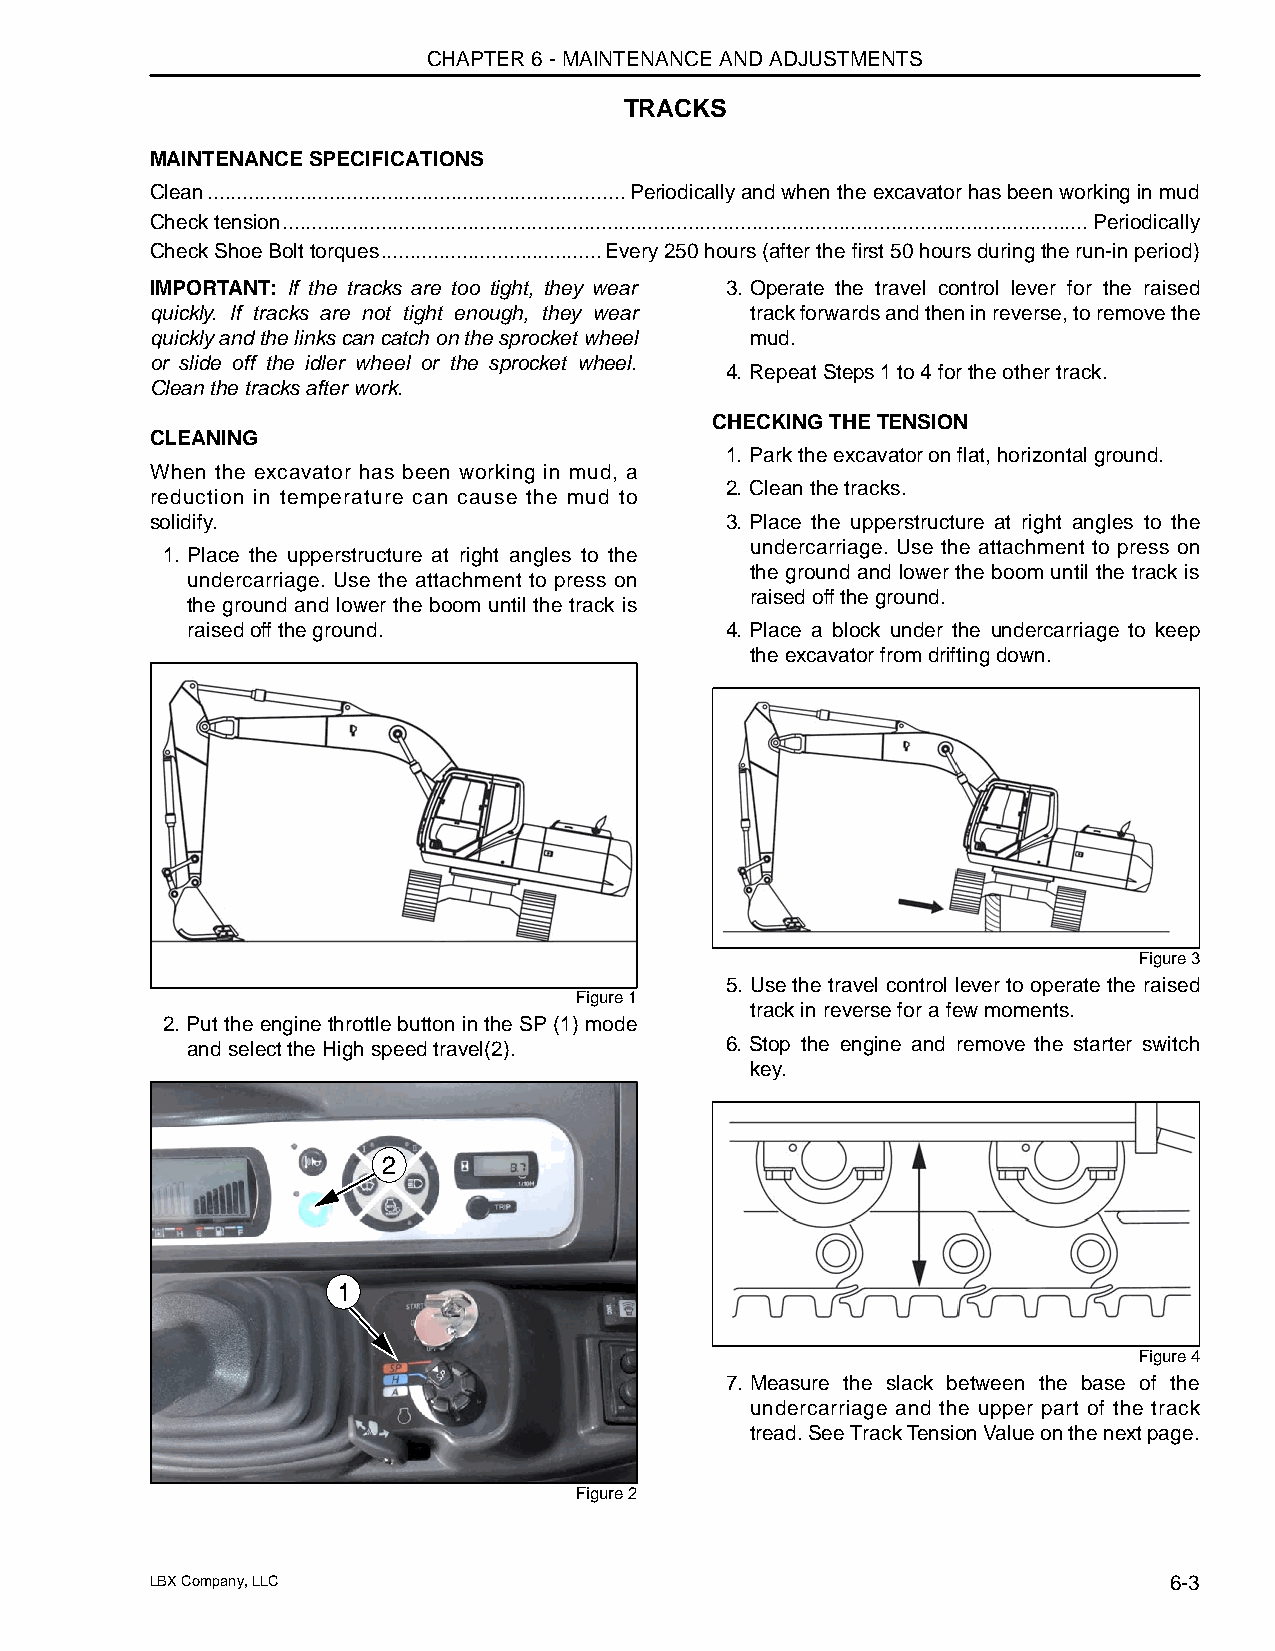
CHAPTER 6 - MAINTENANCE AND ADJUSTMENTS
 TRACKS
 MAINTENANCE SPECIFICATIONS
 Clean........................................................................Periodically and when the excavator has been working in mud
 Check tension...........................................................................................................................................Periodically
 Check Shoe Bolt torques......................................Every 250 hours (after the first 50 hours during the run-in period)
 IMPORTANT: If the tracks are too tight, they wear 3. Operate the travel control lever for the raised
 quickly. If tracks are not tight enough, they wear track forwards and then in reverse, to remove the
 quickly and the links can catch on the sprocket wheel mud.
 or slide off the idler wheel or the sprocket wheel.
 4. Repeat Steps 1 to 4 for the other track.
 Clean the tracks after work.
 CHECKING THE TENSION
 CLEANING
 1. Park the excavator on flat, horizontal ground.
 When the excavator has been working in mud, a
 2. Clean the tracks.
 reduction in temperature can cause the mud to
 solidify.                             3. Place the upperstructure at right angles to the
 undercarriage. Use the attachment to press on
 1. Place the upperstructure at right angles to the
 the ground and lower the boom until the track is
 undercarriage. Use the attachment to press on
 raised off the ground.
 the ground and lower the boom until the track is
 raised off the ground.              4. Place a block under the undercarriage to keep
 the excavator from drifting down.
 Figure 3
 5. Use the travel control lever to operate the raised
 Figure 1
 track in reverse for a few moments.
 2. Put the engine throttle button in the SP (1) mode
 and select the High speed travel(2). 6. Stop the engine and remove the starter switch
 key.
 2
 1
 Figure 4
 7. Measure the slack between the base of the
 undercarriage and the upper part of the track
 tread. See Track Tension Value on the next page.
 Figure 2
 LBX Company, LLC                                                   6-3